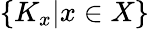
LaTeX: \{ K_{x}|x\in X\}